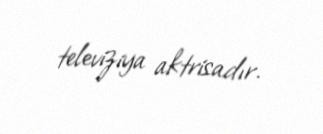
televiziya aktrisadır.